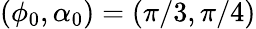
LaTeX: (\phi_{0},\alpha_{0})=(\pi/3,\pi/4)